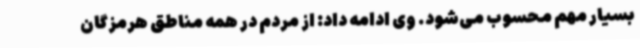
بسیار مهم محسوب می‌شود. وی ادامه داد: از مردم در همه مناطق هرمزگان